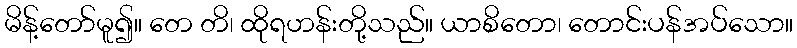
မိန့်တော်မူ၍။ တေ တိ၊ ထိုရဟန်းတို့သည်။ ယာစိတော၊ တောင်းပန်အပ်သော။